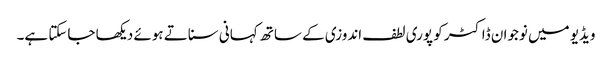
ویڈیو میں نوجوان ڈاکٹر کو پوری لطف اندوزی کے ساتھ کہانی سناتے ہوئے دیکھا جاسکتا ہے۔